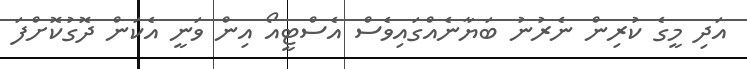
އަދި މީގެ ކުރިން ނެރުނު ބަޔާނެއްގައިވެސް އެސްޓީއޯ އިން ވަނީ އެކަން ދޮގުކޮށްފަ